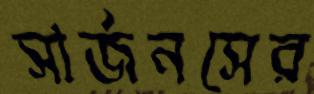
সার্জনসের